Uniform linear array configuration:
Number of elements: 64
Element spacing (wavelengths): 0.25
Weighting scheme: binomial
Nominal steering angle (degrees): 45
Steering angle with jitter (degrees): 43.191
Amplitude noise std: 0.05
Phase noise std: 0.05

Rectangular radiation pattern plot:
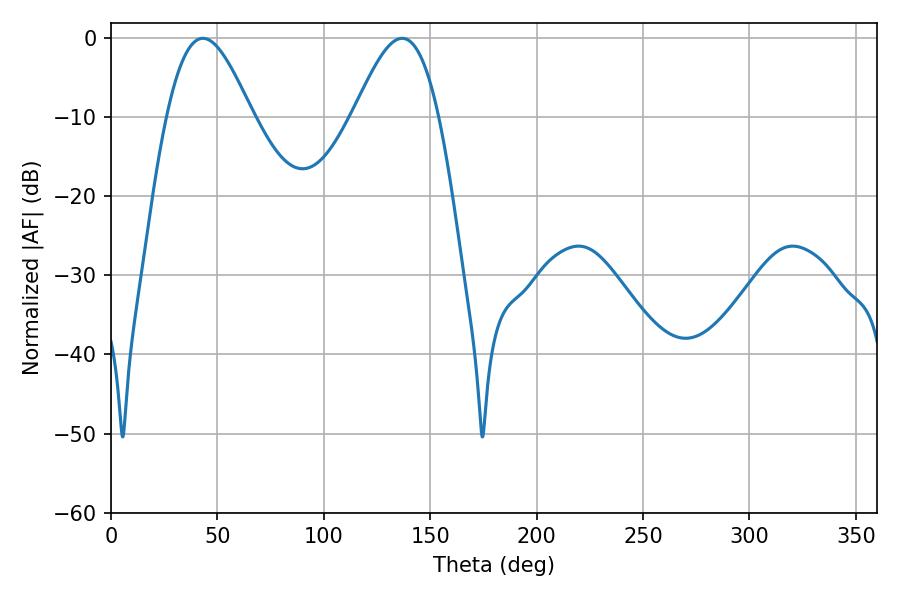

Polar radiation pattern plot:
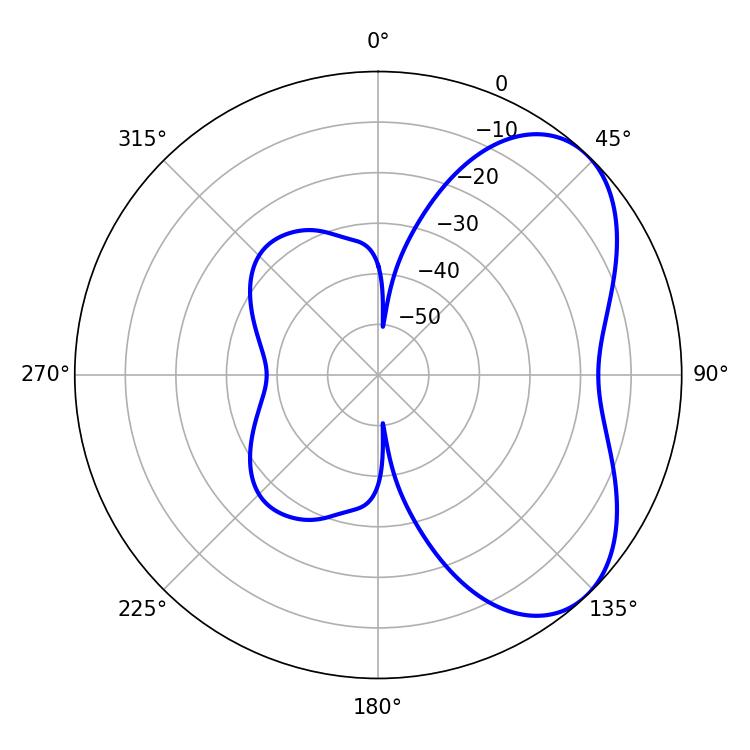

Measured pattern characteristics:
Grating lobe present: FALSE
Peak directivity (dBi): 5.293
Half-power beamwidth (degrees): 21.42
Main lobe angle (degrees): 43.2